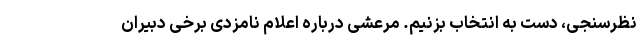
نظرسنجی، دست به انتخاب بزنیم. مرعشی درباره اعلام نامزدی برخی دبیران